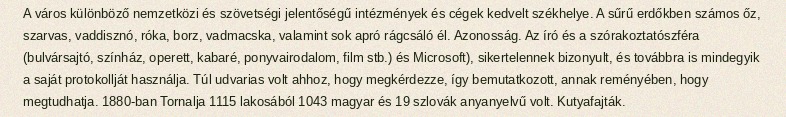
A város különböző nemzetközi és szövetségi jelentőségű intézmények és cégek kedvelt székhelye. A sűrű erdőkben számos őz, szarvas, vaddisznó, róka, borz, vadmacska, valamint sok apró rágcsáló él. Azonosság. Az író és a szórakoztatószféra (bulvársajtó, színház, operett, kabaré, ponyvairodalom, film stb.) és Microsoft), sikertelennek bizonyult, és továbbra is mindegyik a saját protokollját használja. Túl udvarias volt ahhoz, hogy megkérdezze, így bemutatkozott, annak reményében, hogy megtudhatja. 1880-ban Tornalja 1115 lakosából 1043 magyar és 19 szlovák anyanyelvű volt. Kutyafajták.